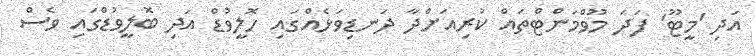
އަދި 'މީޓޫ' ފަދަ މޫވްމަންޓްތައް ކުރިއަށްދާ ދަނޑިވަޅެއްގައި ހޮލީވުޑް އަދި ބޮލީވުޑްގައި ވެސް